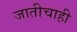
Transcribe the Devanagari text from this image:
जातीचाही